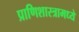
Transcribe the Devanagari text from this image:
प्राणिशास्त्रामध्ये